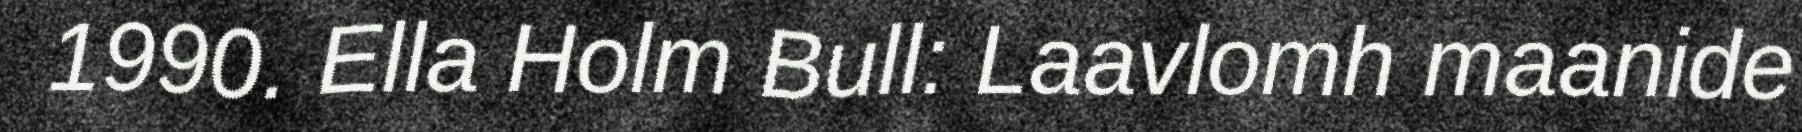
1990. Ella Holm Bull: Laavlomh maanide